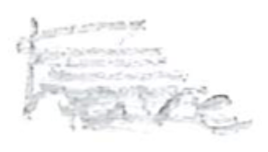
Text: have
Cross-out: scratch
Writing tool: pencil